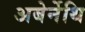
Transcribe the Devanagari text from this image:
अबेर्नेथि